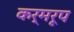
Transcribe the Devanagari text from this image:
कर्मरूप